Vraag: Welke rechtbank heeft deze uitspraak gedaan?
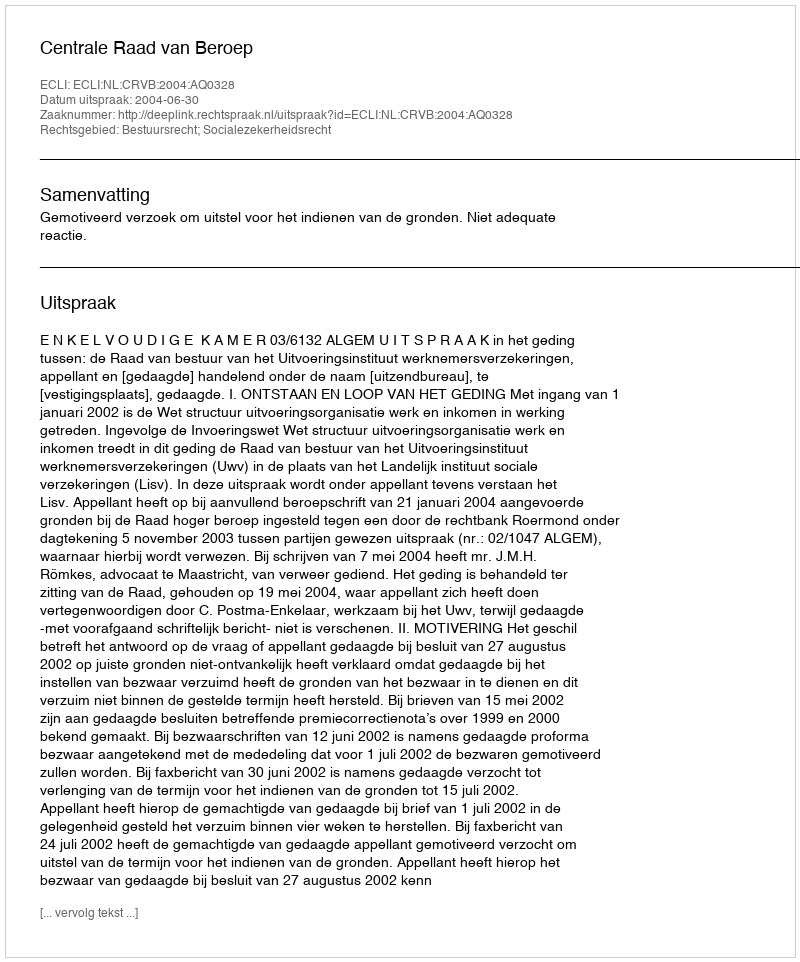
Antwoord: Centrale Raad van Beroep